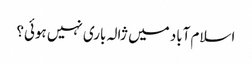
اسلام آباد میں ژالہ باری نہیں ہوئی؟